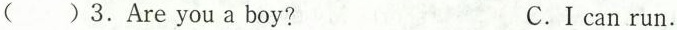
()3.Are you a boy? C.I can run.